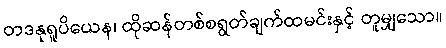
တဒနုရူပိယေန၊ ထိုဆန်တစ်စရွတ်ချက်ထမင်းနှင့် တူမျှသော။